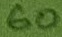
Text: 60